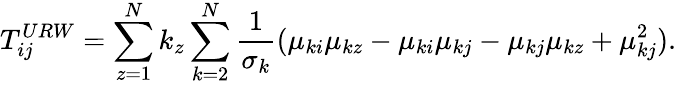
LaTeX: T_{ij}^{URW}=\sum_{z=1}^{N}k_{z}\sum_{k=2}^{N}\frac{1}{\sigma_{k}}(\mu_{ki}\mu_{kz}-\mu_{ki}\mu_{kj}-\mu_{kj}\mu_{kz}+\mu_{kj}^{2}).